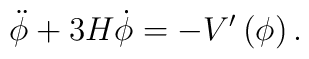
\ddot{\phi}+3H\dot{\phi}=-V^{\prime }\left( \phi \right) .